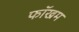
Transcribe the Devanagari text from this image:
फॉखम